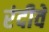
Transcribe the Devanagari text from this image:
रंदीवे